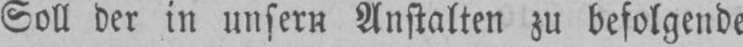
Soll der in unsern Anstalten zu befolgende